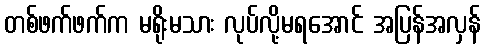
တစ်ဖက်ဖက်က မရိုးမသား လုပ်လို့မရအောင် အပြန်အလှန်